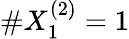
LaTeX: \# X_{1}^{(2)}=1